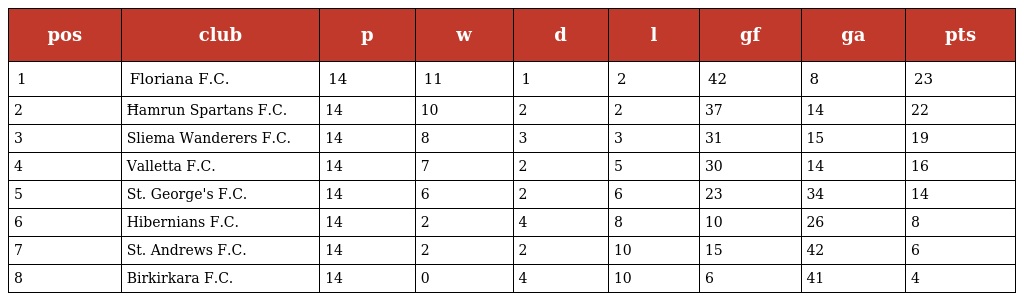
| pos | club | p | w | d | l | gf | ga | pts |
 | --- | --- | --- | --- | --- | --- | --- | --- | --- |
 | 1 | Floriana F.C. | 14 | 11 | 1 | 2 | 42 | 8 | 23 |
 | 2 | Ħamrun Spartans F.C. | 14 | 10 | 2 | 2 | 37 | 14 | 22 |
 | 3 | Sliema Wanderers F.C. | 14 | 8 | 3 | 3 | 31 | 15 | 19 |
 | 4 | Valletta F.C. | 14 | 7 | 2 | 5 | 30 | 14 | 16 |
 | 5 | St. George's F.C. | 14 | 6 | 2 | 6 | 23 | 34 | 14 |
 | 6 | Hibernians F.C. | 14 | 2 | 4 | 8 | 10 | 26 | 8 |
 | 7 | St. Andrews F.C. | 14 | 2 | 2 | 10 | 15 | 42 | 6 |
 | 8 | Birkirkara F.C. | 14 | 0 | 4 | 10 | 6 | 41 | 4 |